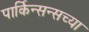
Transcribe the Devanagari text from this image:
पार्किन्सन्सच्या